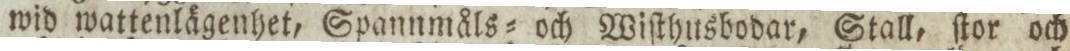
wid wattenlägenhet, Spannmåls= och Wiſthusbodar, Stall, ſtor och